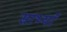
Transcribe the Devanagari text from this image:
साथ्याँ